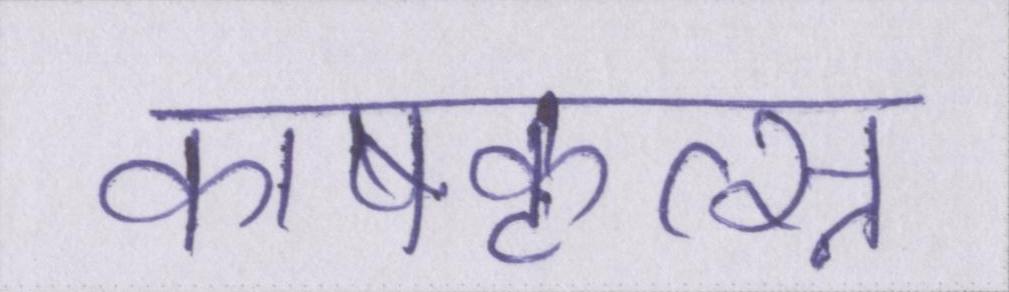
काषकृत्स्न